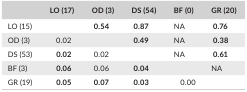
|  | LO (17) | OD (3) | DS (54) | BF (0) | GR (20) |
 | --- | --- | --- | --- | --- | --- |
 | LO (15) |  | 0.54 | 0.87 | NA | 0.76 |
 | OD (3) | 0.02 |  | 0.49 | NA | 0.38 |
 | DS (53) | 0.02 | 0.02 |  | NA | 0.61 |
 | BF (3) | 0.06 | 0.06 | 0.04 |  | NA |
 | GR (19) | 0.05 | 0.07 | 0.03 | 0.00 |  |